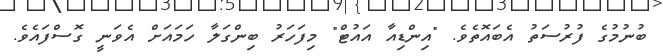
ބުނުމުގެ ފުރުސަތު އެބައޮތެވެ. "އިންޑިއާ އައުޓް" މިފަހަރު ބިންގަލާ ހަމައަށް އެވަނީ ގޮސްފައެވެ.